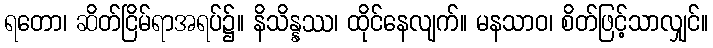
ရတော၊ ဆိတ်ငြိမ်ရာအရပ်၌။ နိသိန္နဿ၊ ထိုင်နေလျက်။ မနသာဝ၊ စိတ်ဖြင့်သာလျှင်။